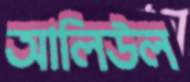
আলিউল